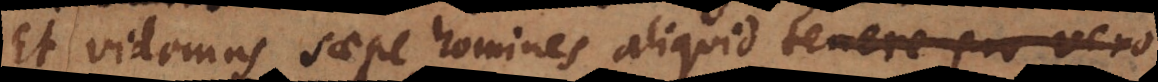
t videmus saepe homines aliquid tenere pro vero